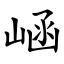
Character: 崡